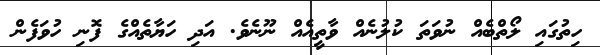
ހިތުގައި ލޯތްބެއް ނުވަތަ ކުލުނެއް ވާތީއެއް ނޫނެވެ. އަދި ހަޔާތެއްގެ ފޮނި ހުވަފެން